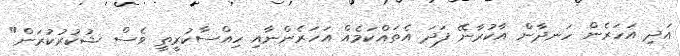
އަދި އަހަރެން ހަނދާން އާކުރާނޭ ފަދަ އެތައްކަމެއް އަހަރެންނާއި ހިއްސާކުރީތީ ވެސް ޝުކުރުކުރަން"